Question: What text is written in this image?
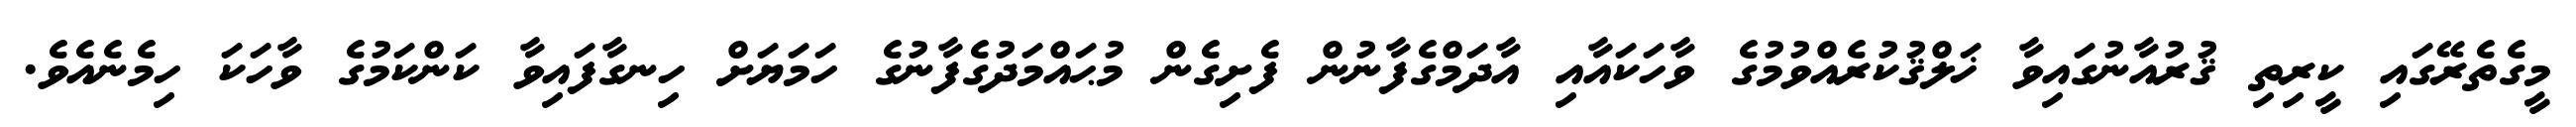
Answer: މީގެތެރޭގައި ކީރިތި ޤުރުއާނުގައިވާ ޚަލްޤުކުރެއްވުމުގެ ވާހަކައާއި އާދަމްގެފާނުން ފެށިގެން މުޙައްމަދުގެފާނުގެ ހަމަޔަށް ހިނގާފައިވާ ކަންކަމުގެ ވާހަކަ ހިމެނެއެވެ.